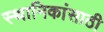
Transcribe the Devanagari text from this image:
स्थानिकांसाठी